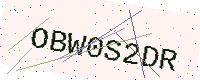
Text: OBW0S2DR